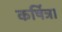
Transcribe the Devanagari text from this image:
कर्षित्र।